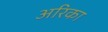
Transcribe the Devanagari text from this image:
अरिका